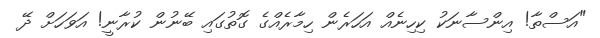
"އަސްތާ! އިންސާނަކު ކިހިނެއް އަހަރެން ހިމާރެއްގެ ގޮތުގައި ބޭނުން ކުރާނީ! އަވަހަށް ދޭ